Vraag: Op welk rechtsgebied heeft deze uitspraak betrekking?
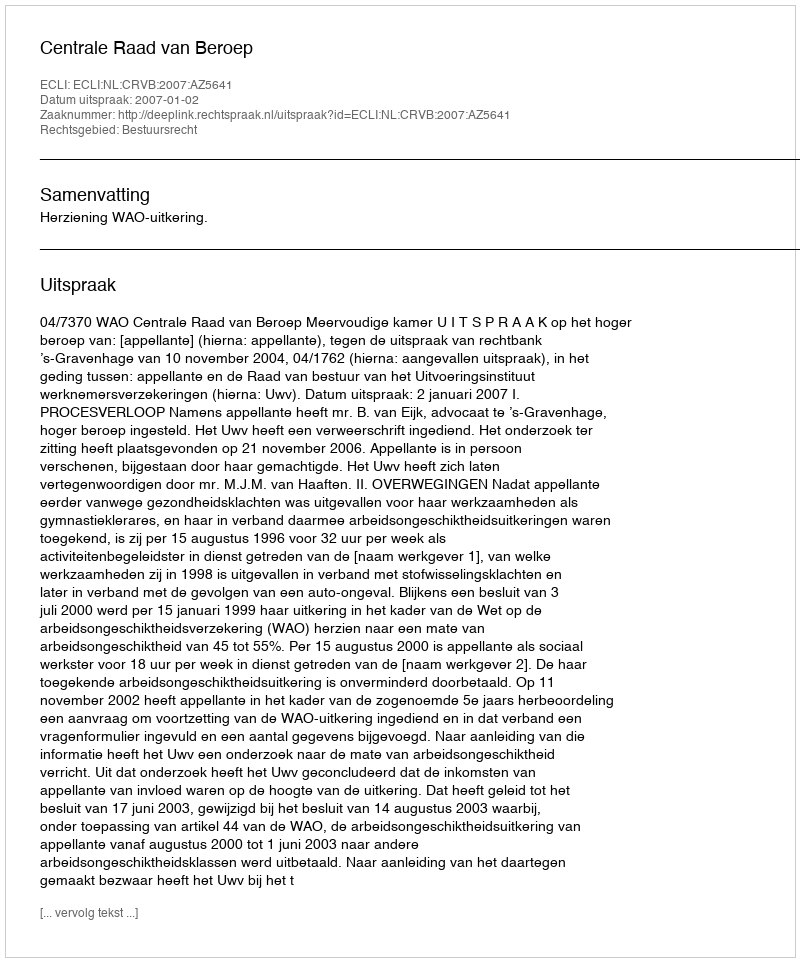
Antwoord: Bestuursrecht